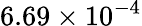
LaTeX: {6.69\times 10^{-4}}